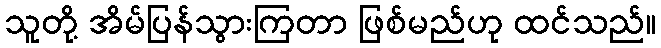
သူတို့ အိမ်ပြန်သွားကြတာ ဖြစ်မည်ဟု ထင်သည်။